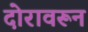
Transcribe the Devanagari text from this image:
दोरावरून